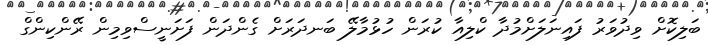
ބަލިކޮށް ވިދުވަރު ފައިނަލަށްމުދާ ކްލިއާ ކުރަން ހުޅުމާލޭ ބަނދަރަށް ގެންދަން ފަށަނީސްވިމިން ރޭންކިންގް